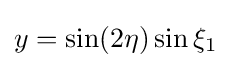
y=\sin(2\eta )\sin \xi _{1}